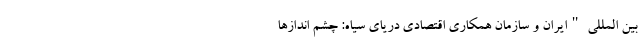
بین المللی "ایران و سازمان همکاری اقتصادی دریای سیاه: چشم اندازها